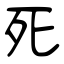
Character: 死